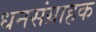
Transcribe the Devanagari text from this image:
धनसंग्राहक